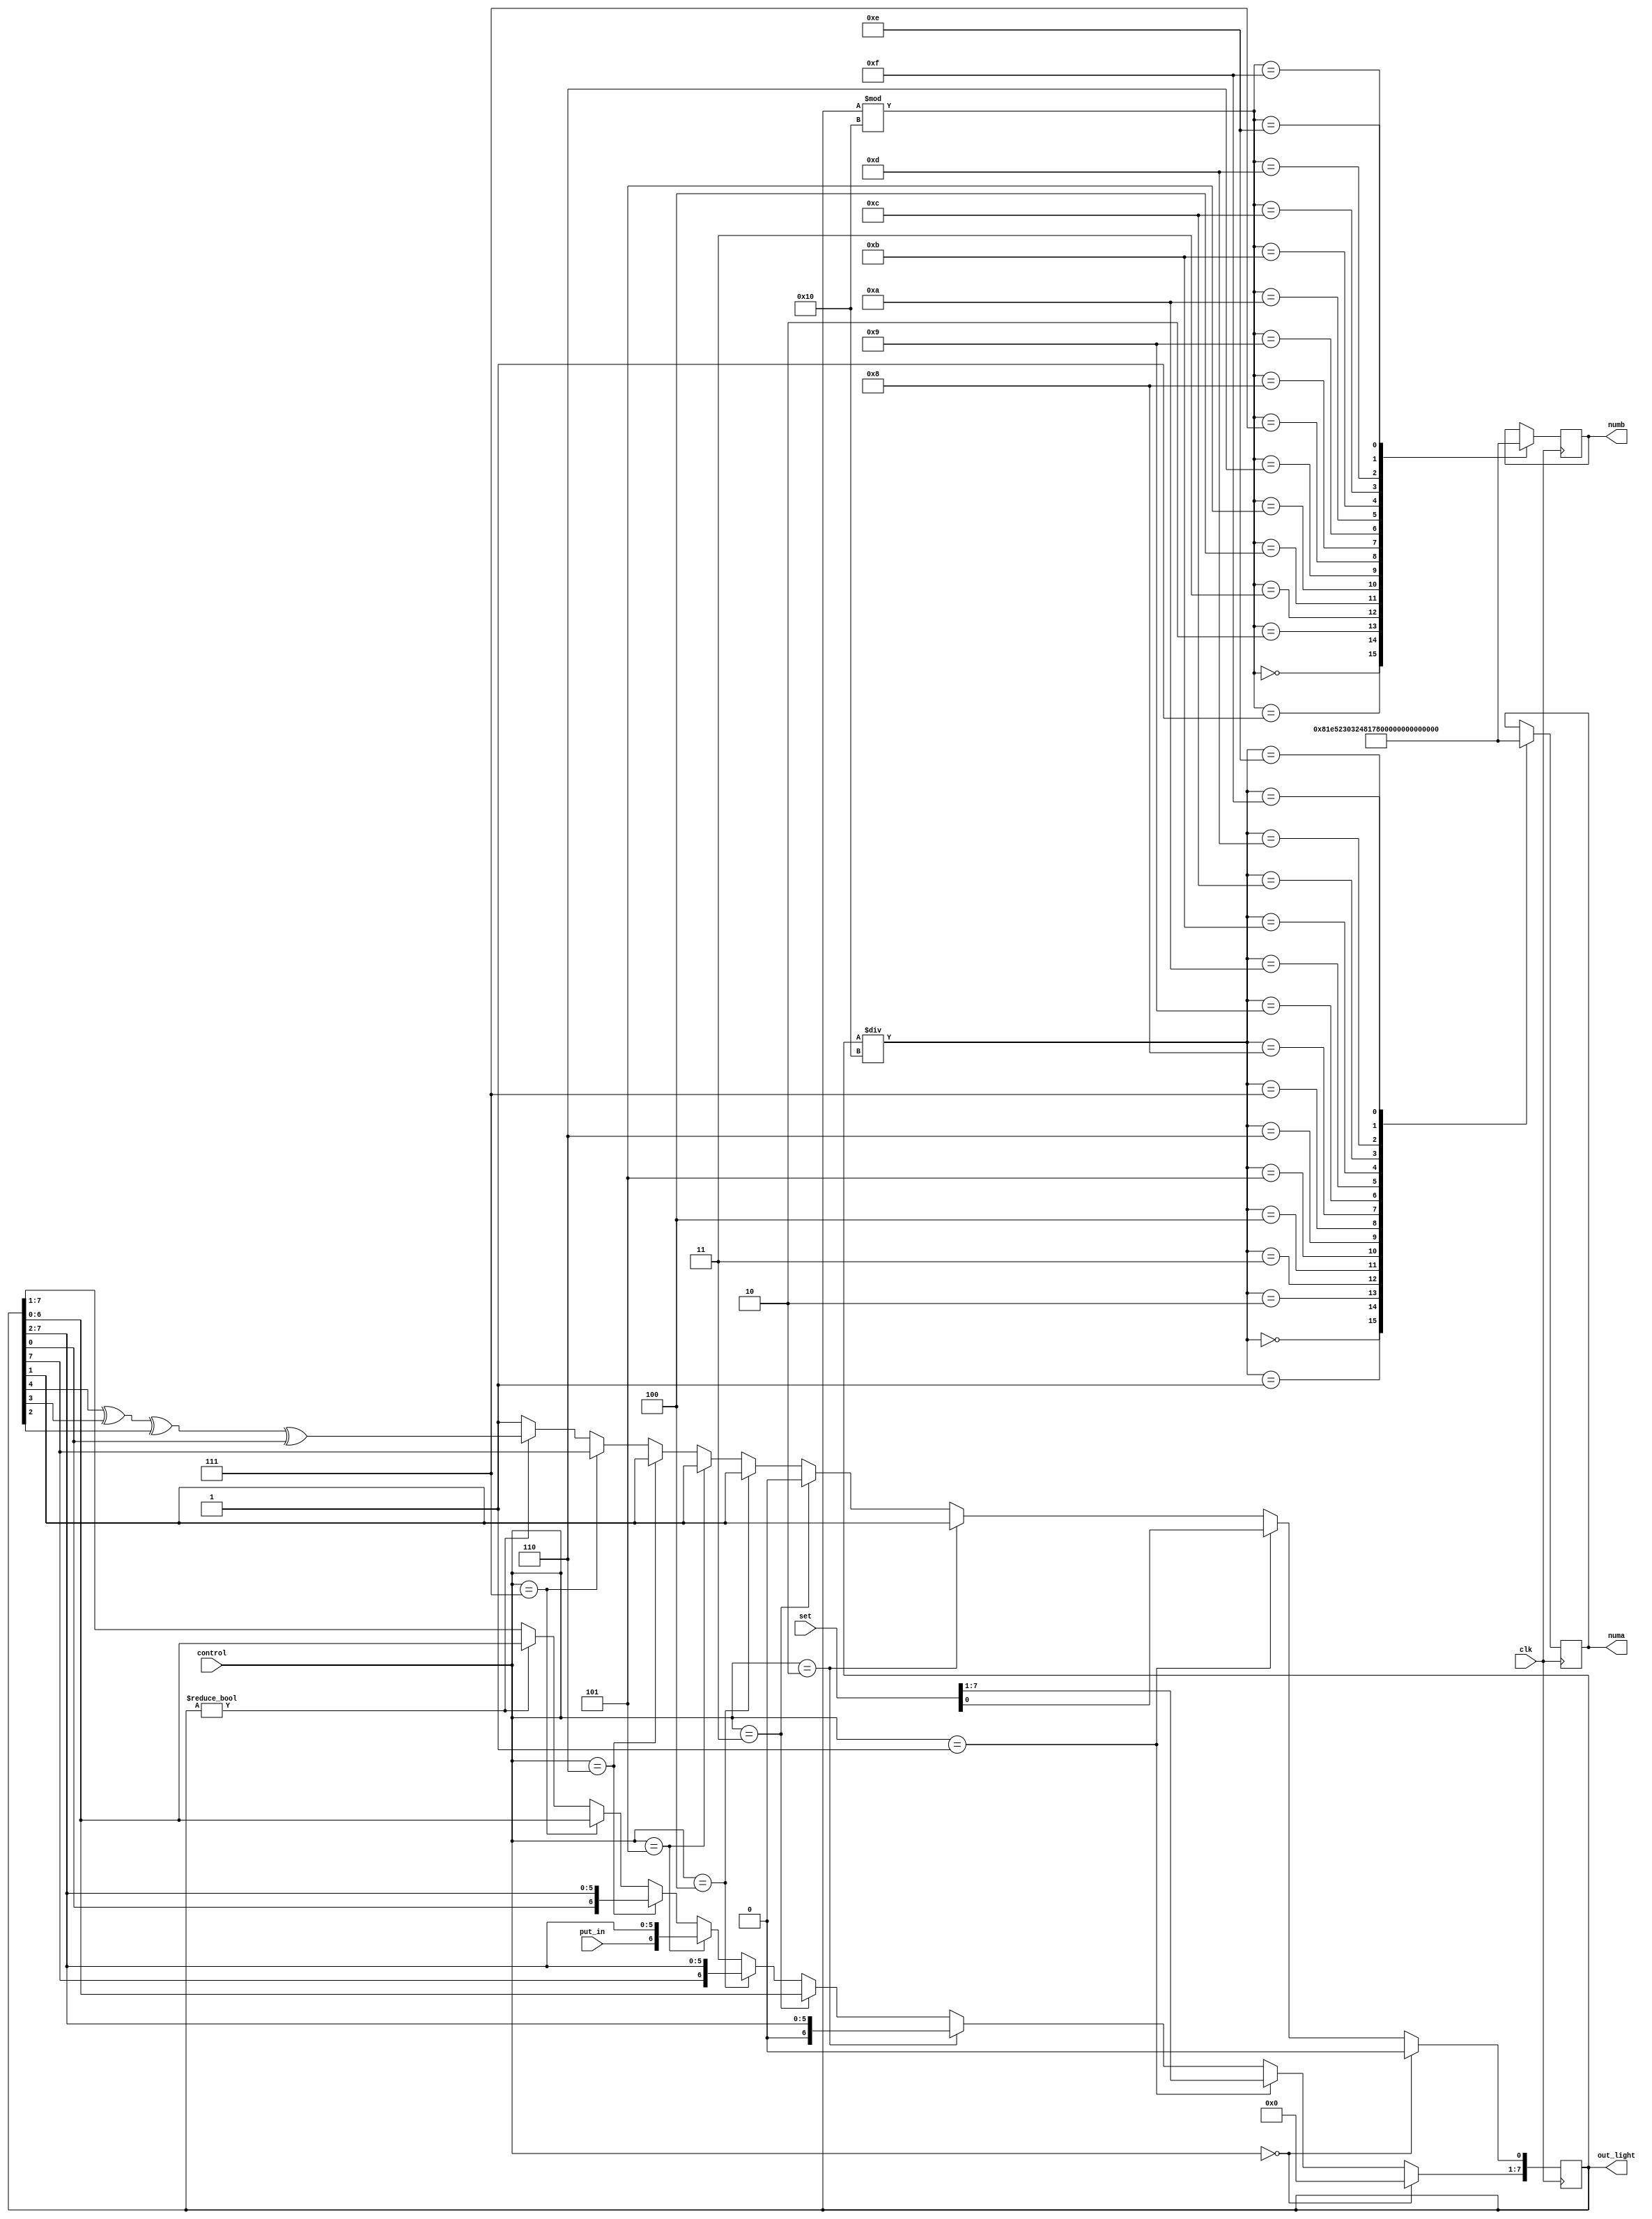
module lab06(control,out_light,set,clk,put_in,numa,numb);
input [3:0]control;
output reg [7:0]out_light;
input [7:0]set;
input clk;
input put_in;
output reg[6:0]numa;
output reg[6:0]numb;
always@(posedge clk)
begin
if(control==0)
out_light<=0;
else if(control==1)
out_light<=set;
else if(control==2)
begin
out_light<={1'b0,out_light[7:1]};
end
else if(control==3)
begin
out_light<={out_light[6:0],1'b0};
end
else if(control==4)
begin
out_light<={out_light[7],out_light[7:1]};
end
else if(control==5)
begin
out_light<={put_in,out_light[7:1]};
end
else if(control==6)
begin
out_light<={out_light[0],out_light[7:1]};
end
else if(control==7)
begin
out_light<={out_light[6:0],out_light[7]};
end
else if(out_light!=0)
begin
out_light<={out_light[6:0],out_light[4]^out_light[3]^out_light[2]^out_light[0]};
end
else out_light[0]<=1;
//0
case (out_light%16)
4'b0000: numb<=7'b1000000;
4'b0001: numb<=7'b1111001;
4'b0010: numb<=7'b0100100;
4'b0011: numb<=7'b0110000;
4'b0100: numb<=7'b0011001;
4'b0101: numb<=7'b0010010;
4'b0110: numb<=7'b0000010;
4'b0111: numb<=7'b1111000;
4'b1000: numb<=7'b0000000;
4'b1001: numb<=7'b0010000;
4'b1010: numb<=7'b0001000;
4'b1011: numb<=7'b0000011;
4'b1100: numb<=7'b1000110;
4'b1101: numb<=7'b0100001;
4'b1110: numb<=7'b0000110;
4'b1111: numb<=7'b0001110;
endcase
case(out_light/16)
4'b0000: numa<=7'b1000000;
4'b0001: numa<=7'b1111001;
4'b0010: numa<=7'b0100100;
4'b0011: numa<=7'b0110000;
4'b0100: numa<=7'b0011001;
4'b0101: numa<=7'b0010010;
4'b0110: numa<=7'b0000010;
4'b0111: numa<=7'b1111000;
4'b1000: numa<=7'b0000000;
4'b1001: numa<=7'b0010000;
4'b1010: numa<=7'b0001000;
4'b1011: numa<=7'b0000011;
4'b1100: numa<=7'b1000110;
4'b1101: numa<=7'b0100001;
4'b1110: numa<=7'b0000110;
4'b1111: numa<=7'b0001110;
endcase
end
endmodule